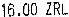
16.00 ZRL